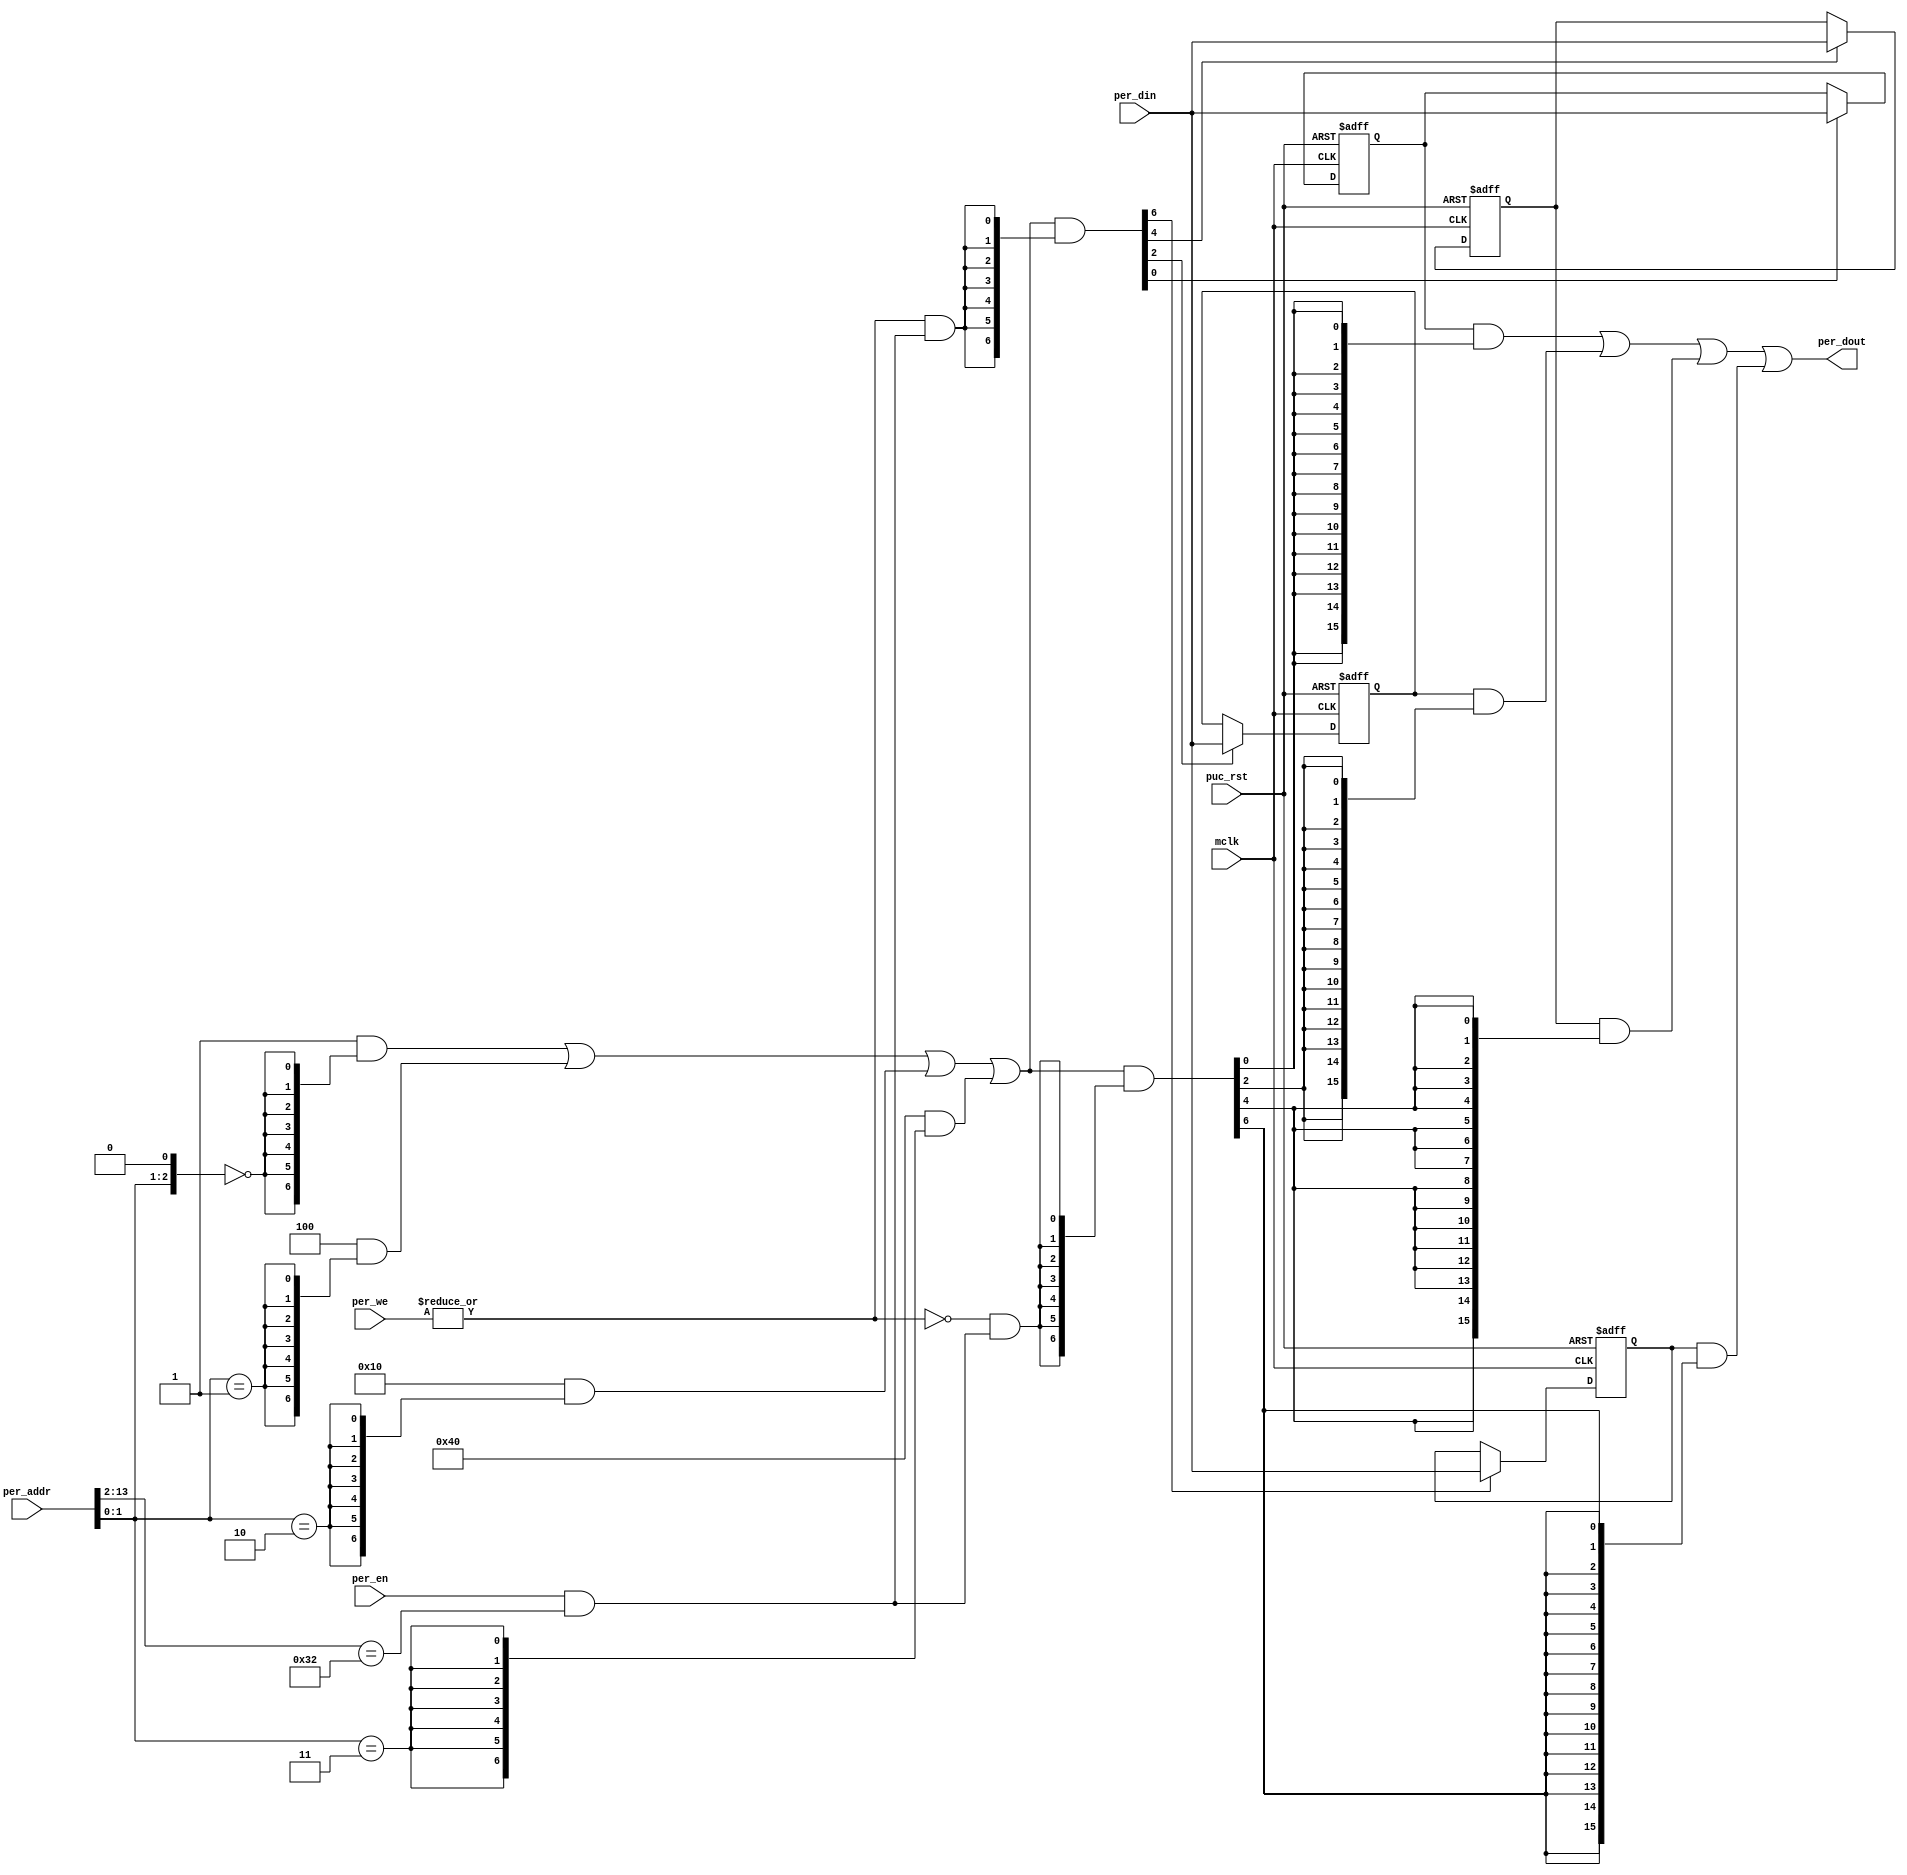
//----------------------------------------------------------------------------
// Copyright (C) 2001 Authors
//
// Redistribution and use in source and binary forms, with or without
// modification, are permitted provided that the following conditions
// are met:
//     * Redistributions of source code must retain the above copyright
//       notice, this list of conditions and the following disclaimer.
//     * Redistributions in binary form must reproduce the above copyright
//       notice, this list of conditions and the following disclaimer in the
//       documentation and/or other materials provided with the distribution.
//     * Neither the name of the authors nor the names of its contributors
//       may be used to endorse or promote products derived from this software
//       without specific prior written permission.
//
// THIS SOFTWARE IS PROVIDED BY THE COPYRIGHT HOLDERS AND CONTRIBUTORS "AS IS"
// AND ANY EXPRESS OR IMPLIED WARRANTIES, INCLUDING, BUT NOT LIMITED TO, THE
// IMPLIED WARRANTIES OF MERCHANTABILITY AND FITNESS FOR A PARTICULAR PURPOSE
// ARE DISCLAIMED. IN NO EVENT SHALL THE COPYRIGHT HOLDER OR CONTRIBUTORS BE
// LIABLE FOR ANY DIRECT, INDIRECT, INCIDENTAL, SPECIAL, EXEMPLARY,
// OR CONSEQUENTIAL DAMAGES (INCLUDING, BUT NOT LIMITED TO, PROCUREMENT OF
// SUBSTITUTE GOODS OR SERVICES; LOSS OF USE, DATA, OR PROFITS; OR BUSINESS
// INTERRUPTION) HOWEVER CAUSED AND ON ANY THEORY OF LIABILITY, WHETHER IN
// CONTRACT, STRICT LIABILITY, OR TORT (INCLUDING NEGLIGENCE OR OTHERWISE)
// ARISING IN ANY WAY OUT OF THE USE OF THIS SOFTWARE, EVEN IF ADVISED OF
// THE POSSIBILITY OF SUCH DAMAGE
//
//----------------------------------------------------------------------------
//
// *File Name: template_periph_16b.v
// 
// *Module Description:
//                       16 bit peripheral template.
//
// *Author(s):
//              - Olivier Girard,    olgirard@gmail.com
//
//----------------------------------------------------------------------------
// $Rev: 111 $
// $LastChangedBy: olivier.girard $
// $LastChangedDate: 2011-05-20 22:39:02 +0200 (Fri, 20 May 2011) $
//----------------------------------------------------------------------------

module  template_periph_16b (

// OUTPUTs
    per_dout,                       // Peripheral data output

// INPUTs
    mclk,                           // Main system clock
    per_addr,                       // Peripheral address
    per_din,                        // Peripheral data input
    per_en,                         // Peripheral enable (high active)
    per_we,                         // Peripheral write enable (high active)
    puc_rst                         // Main system reset
);

// OUTPUTs
//=========
output       [15:0] per_dout;       // Peripheral data output

// INPUTs
//=========
input               mclk;           // Main system clock
input        [13:0] per_addr;       // Peripheral address
input        [15:0] per_din;        // Peripheral data input
input               per_en;         // Peripheral enable (high active)
input         [1:0] per_we;         // Peripheral write enable (high active)
input               puc_rst;        // Main system reset


//=============================================================================
// 1)  PARAMETER DECLARATION
//=============================================================================

// Register base address (must be aligned to decoder bit width)
parameter       [14:0] BASE_ADDR   = 15'h0190;

// Decoder bit width (defines how many bits are considered for address decoding)
parameter              DEC_WD      =  3;

// Register addresses offset
parameter [DEC_WD-1:0] CNTRL1      = 'h0,
                       CNTRL2      = 'h2,
                       CNTRL3      = 'h4,
                       CNTRL4      = 'h6;

// Register one-hot decoder utilities
parameter              DEC_SZ      =  2**DEC_WD;
parameter [DEC_SZ-1:0] BASE_REG    =  {{DEC_SZ-1{1'b0}}, 1'b1};

// Register one-hot decoder
parameter [DEC_SZ-1:0] CNTRL1_D    = (BASE_REG << CNTRL1),
                       CNTRL2_D    = (BASE_REG << CNTRL2),
                       CNTRL3_D    = (BASE_REG << CNTRL3),
                       CNTRL4_D    = (BASE_REG << CNTRL4);


//============================================================================
// 2)  REGISTER DECODER
//============================================================================

// Local register selection
wire              reg_sel   =  per_en & (per_addr[13:DEC_WD-1]==BASE_ADDR[14:DEC_WD]);

// Register local address
wire [DEC_WD-1:0] reg_addr  =  {per_addr[DEC_WD-2:0], 1'b0};

// Register address decode
wire [DEC_SZ-1:0] reg_dec   =  (CNTRL1_D  &  {DEC_SZ{(reg_addr == CNTRL1 )}})  |
                               (CNTRL2_D  &  {DEC_SZ{(reg_addr == CNTRL2 )}})  |
                               (CNTRL3_D  &  {DEC_SZ{(reg_addr == CNTRL3 )}})  |
                               (CNTRL4_D  &  {DEC_SZ{(reg_addr == CNTRL4 )}});

// Read/Write probes
wire              reg_write =  |per_we & reg_sel;
wire              reg_read  = ~|per_we & reg_sel;

// Read/Write vectors
wire [DEC_SZ-1:0] reg_wr    = reg_dec & {DEC_SZ{reg_write}};
wire [DEC_SZ-1:0] reg_rd    = reg_dec & {DEC_SZ{reg_read}};


//============================================================================
// 3) REGISTERS
//============================================================================

// CNTRL1 Register
//-----------------   
reg  [15:0] cntrl1;

wire        cntrl1_wr = reg_wr[CNTRL1];

always @ (posedge mclk or posedge puc_rst)
  if (puc_rst)        cntrl1 <=  16'h0000;
  else if (cntrl1_wr) cntrl1 <=  per_din;

   
// CNTRL2 Register
//-----------------   
reg  [15:0] cntrl2;

wire        cntrl2_wr = reg_wr[CNTRL2];

always @ (posedge mclk or posedge puc_rst)
  if (puc_rst)        cntrl2 <=  16'h0000;
  else if (cntrl2_wr) cntrl2 <=  per_din;

   
// CNTRL3 Register
//-----------------   
reg  [15:0] cntrl3;

wire        cntrl3_wr = reg_wr[CNTRL3];

always @ (posedge mclk or posedge puc_rst)
  if (puc_rst)        cntrl3 <=  16'h0000;
  else if (cntrl3_wr) cntrl3 <=  per_din;

   
// CNTRL4 Register
//-----------------   
reg  [15:0] cntrl4;

wire        cntrl4_wr = reg_wr[CNTRL4];

always @ (posedge mclk or posedge puc_rst)
  if (puc_rst)        cntrl4 <=  16'h0000;
  else if (cntrl4_wr) cntrl4 <=  per_din;


//============================================================================
// 4) DATA OUTPUT GENERATION
//============================================================================

// Data output mux
wire [15:0] cntrl1_rd  = cntrl1  & {16{reg_rd[CNTRL1]}};
wire [15:0] cntrl2_rd  = cntrl2  & {16{reg_rd[CNTRL2]}};
wire [15:0] cntrl3_rd  = cntrl3  & {16{reg_rd[CNTRL3]}};
wire [15:0] cntrl4_rd  = cntrl4  & {16{reg_rd[CNTRL4]}};

wire [15:0] per_dout   =  cntrl1_rd  |
                          cntrl2_rd  |
                          cntrl3_rd  |
                          cntrl4_rd;


endmodule // template_periph_16b